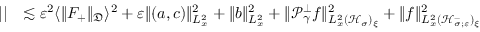
\begin{array} { r l } { | | } & { \lesssim \varepsilon ^ { 2 } \langle \| F _ { + } \| _ { \mathfrak D } \rangle ^ { 2 } + \varepsilon \| ( a , c ) \| _ { L _ { x } ^ { 2 } } ^ { 2 } + \| b \| _ { L _ { x } ^ { 2 } } ^ { 2 } + \| \mathcal P _ { \gamma } ^ { \perp } f \| _ { L _ { x } ^ { 2 } ( \mathcal H _ { \sigma } ) _ { \xi } } ^ { 2 } + \| f \| _ { L _ { x } ^ { 2 } ( \mathcal H _ { \sigma ; \varepsilon } ^ { - } ) _ { \xi } } ^ { 2 } } \end{array}